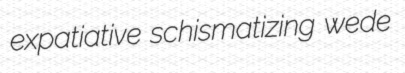
expatiative schismatizing wede